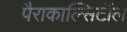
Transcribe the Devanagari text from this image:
पैराकाल्सिटॉल